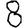
Digit: 8